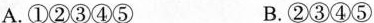
A.①②③④⑤ B.②③④⑤